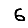
Digit: 6